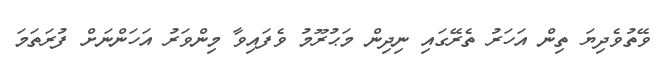
ވޭތުވެދިޔަ ތިން އަހަރު ތެރޭގައި ނިދިން މަޙުރޫމު ވެފައިވާ މިންވަރު އަހަންނަށް ފުރަތަމަ